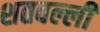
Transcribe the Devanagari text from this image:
शतवल्ली